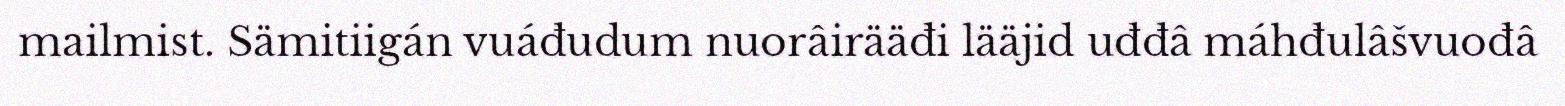
mailmist. Sämitiigán vuáđudum nuorâirääđi lääjid uđđâ máhđulâšvuođâ